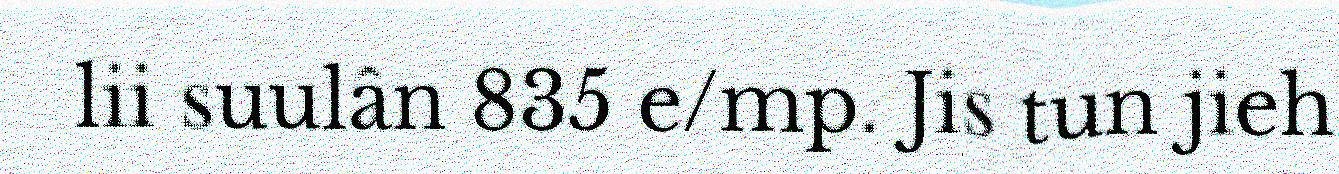
lii suulân 835 e/mp. Jis tun jieh